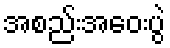
အစည်းအဝေးပွဲ